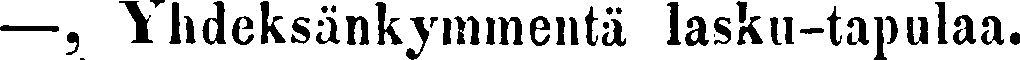
—, Yhdeksänkymmentä lasku-tapulaa.